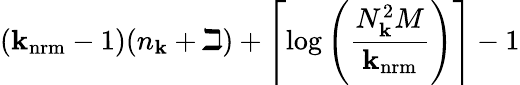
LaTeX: (\mathbf{k}_{\mathrm{{nrm}}}-1)(n_{\mathbf{k}}+\beth)+\left\lceil\log\left(\frac{{N_{\mathbf{k}}^{2}M}}{{\mathbf{k}_{\mathrm{{nrm}}}}}\right)\right\rceil-1